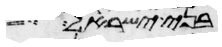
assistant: בני ישראל